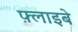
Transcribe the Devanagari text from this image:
फ़्लाइबे